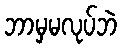
ဘာမှမလုပ်ဘဲ